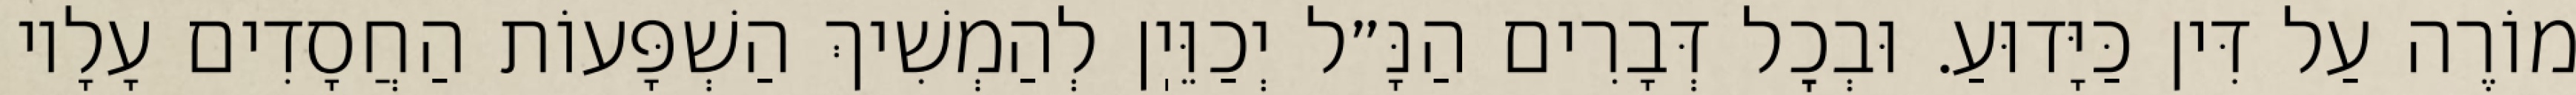
מוֹרֶה עַל דִּין כַּיָּדוּעַ. וּבְכׇל דְּבָרִים הַנָּ״ל יְכַוֵּיֽן לְהַמְשִׁיךְ הַשְׁפָּעוֹת הַחֲסָדִים עָלָיו